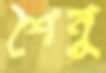
শৈনু